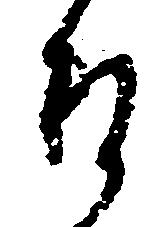
そ